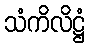
သံကိလိဋ္ဌံ